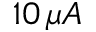
1 0 \, \mu A